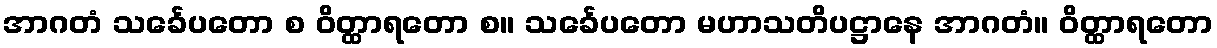
အာဂတံ သင်္ခေပတော စ ဝိတ္ထာရတော စ။ သင်္ခေပတော မဟာသတိပဋ္ဌာနေ အာဂတံ။ ဝိတ္ထာရတော